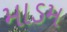
માડમ